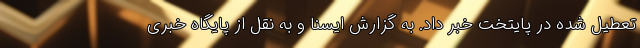
تعطیل شده در پایتخت خبر داد. به گزارش ایسنا و به نقل از پایگاه خبری